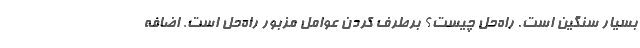
بسیار سنگین است. راه‌حل چیست؟ برطرف کردن عوامل مزبور راه‌حل است. اضافه